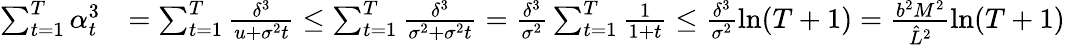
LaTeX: \begin{array}{rl}{\sum_{t=1}^{T}\alpha_{t}^{3}}&{=\sum_{t=1}^{T}\frac{\delta^{3}}{u+\sigma^{2}t}\leq\sum_{t=1}^{T}\frac{\delta^{3}}{\sigma^{2}+\sigma^{2}t}=\frac{\delta^{3}}{\sigma^{2}}\sum_{t=1}^{T}\frac{1}{1+t}\leq\frac{\delta^{3}}{\sigma^{2}}\ln(T+1)=\frac{b^{2}M^{2}}{\hat{L}^{2}}\ln(T+1)}\end{array}